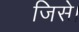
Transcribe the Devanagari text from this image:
जिसे।